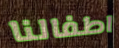
اطفالنا